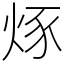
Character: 烼